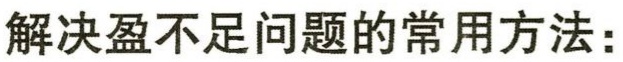
解决盈不足问题的常用方法：